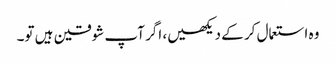
وہ استعمال کر کے دیکھیں، اگر آپ شوقین ہیں تو۔